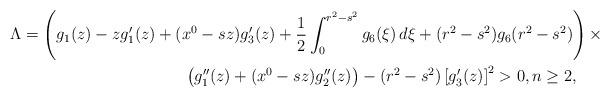
LaTeX: \begin{align*}\Lambda&=\left(g_1(z)-zg'_1(z) + (x^0-sz)g'_3(z) + \frac{1}{2}\int_0^{\small{r^2-s^2}}g_6(\xi)\,d\xi+ (r^2-s^2)g_6(r^2-s^2)\right)\times\\&\qquad\qquad\qquad\qquad\qquad\left(g''_1(z) + (x^0-sz)g''_2(z)\right) -(r^2-s^2)\left[g'_3(z)\right]^2>0, n \geq 2,\end{align*}